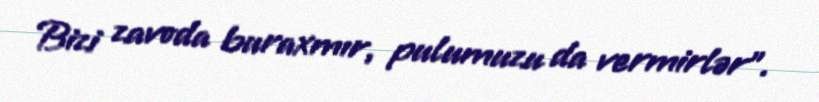
Bizi zavoda buraxmır, pulumuzu da vermirlər”.